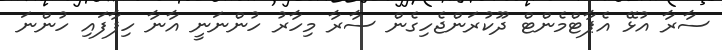
ސާރާ އުޅޭ އެޕާޓްމެންޓް ދޫކުރަންޖެހިގެން ސާރާ މިހާރު ހުންނަނީ އާނާ ހިފާފައި ހުންނަ